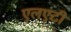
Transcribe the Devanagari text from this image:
एलएटी